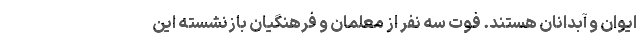
ایوان و آبدانان هستند. فوت سه نفر از معلمان و فرهنگیان بازنشسته این